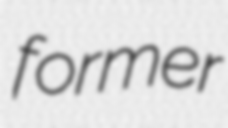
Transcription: former